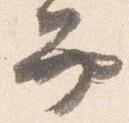
弁